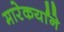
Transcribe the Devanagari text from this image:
मारेकर्यांने